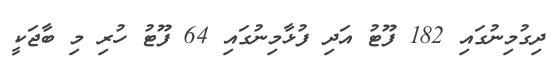
ދިގުމިނުގައި 182 ފޫޓު އަދި ފުޅާމިނުގައި 64 ފޫޓު ހުރި މި ބާޖަކީ